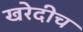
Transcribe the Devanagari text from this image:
खरेदीच